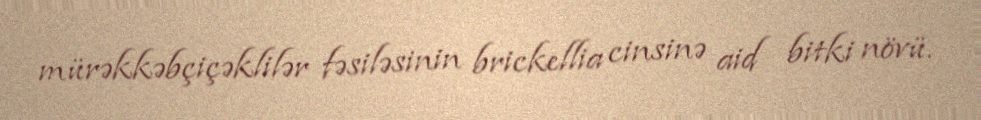
mürəkkəbçiçəklilər fəsiləsinin brickellia cinsinə aid bitki növü.